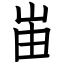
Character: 峀